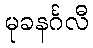
မုခနင်္ဂလီ